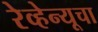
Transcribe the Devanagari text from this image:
रेव्हेन्यूचा